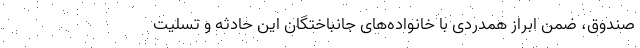
صندوق، ضمن ابراز همدردی با خانواده‌های جانباختگان این حادثه و تسلیت